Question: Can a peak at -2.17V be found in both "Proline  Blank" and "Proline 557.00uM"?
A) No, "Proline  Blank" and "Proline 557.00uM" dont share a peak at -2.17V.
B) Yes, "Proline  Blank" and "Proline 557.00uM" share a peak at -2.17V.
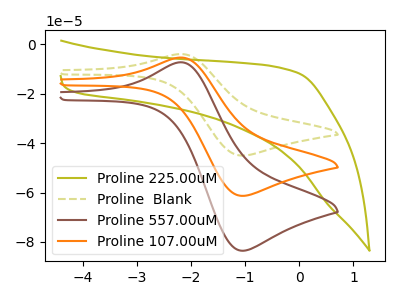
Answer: <think>The olive curve "Proline 225.00uM" has no peaks. The olive dashed curve "Proline  Blank" has an anodic peak at (-2.15V, -10.60uA) and a cathodic peak at (-1.05V, -122.70uA). The brown curve "Proline 557.00uM" has an anodic peak at (-2.15V, -7.20uA) and a cathodic peak at (-1.05V, -83.60uA). The orange curve "Proline 107.00uM" has an anodic peak at (-2.15V, -5.30uA) and a cathodic peak at (-1.05V, -61.35uA).</think>
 <answer>B) Yes, "Proline  Blank" and "Proline 557.00uM" share a peak at -2.17V.</answer>
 <eval>B</eval>